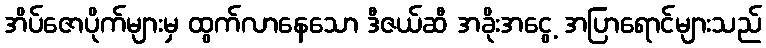
အိပ်ဇောပိုက်များမှ ထွက်လာနေသော ဒီဇယ်ဆီ အခိုးအငွေ့ အပြာရောင်များသည်